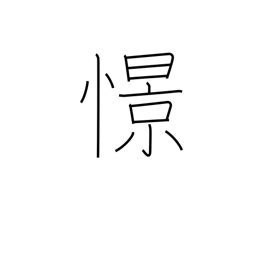
Meaning: yearn for